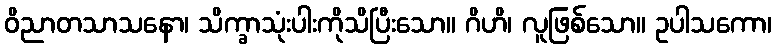
ဝိညာတသာသနော၊ သိက္ခာသုံးပါးကိုသိပြီးသော။ ဂိဟိ၊ လူဖြစ်သော။ ဥပါသကော၊